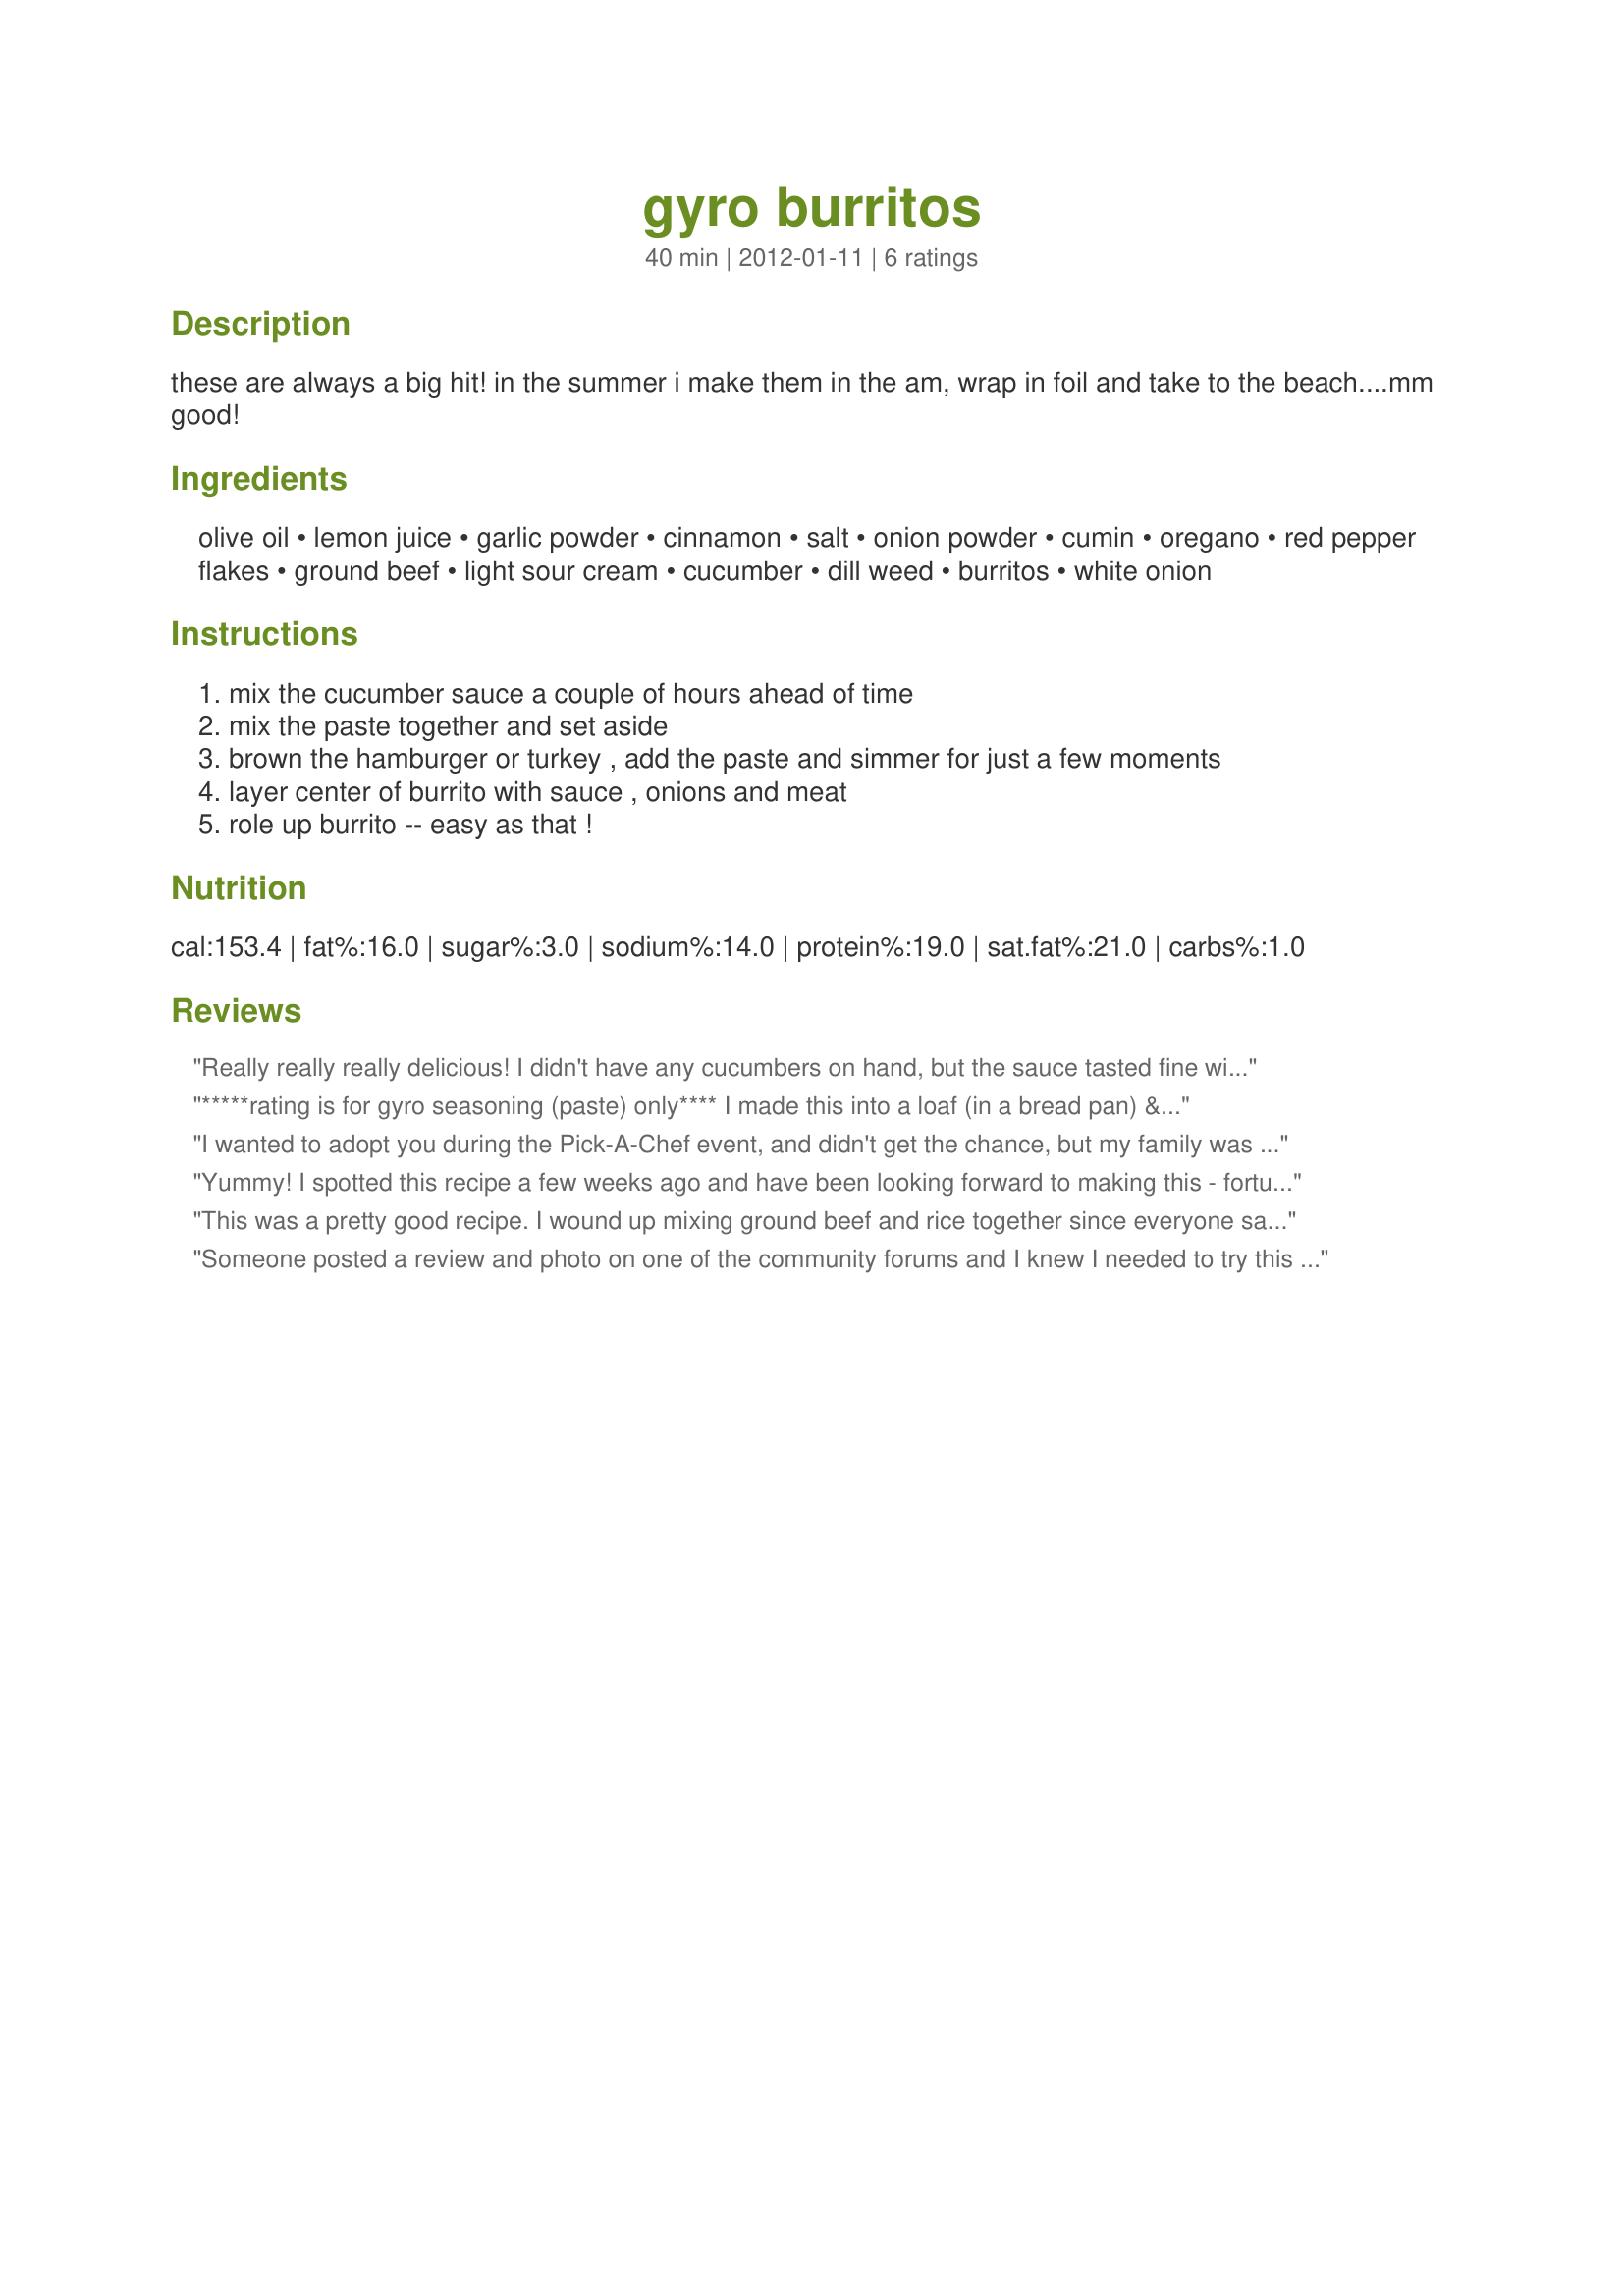
gyro burritos
Preparation time: 40 minutes

these are always a big hit! in the summer i make them in the am, wrap in foil and take to the beach....mm good!

Ingredients:
olive oil, lemon juice, garlic powder, cinnamon, salt, onion powder, cumin, oregano, red pepper flakes, ground beef, light sour cream, cucumber, dill weed, burritos, white onion

Steps:
mix the cucumber sauce a couple of hours ahead of time, mix the paste together and set aside, brown the hamburger or turkey , add the paste and simmer for just a few moments, layer center of burrito with sauce , onions and meat, role up burrito -- easy as that !

Reviews:
Really really really delicious! I didn't have any cucumbers on hand, but the sauce tasted fine without it. Definitely something I'll make again, with a few tweaks!
*****rating is for gyro seasoning (paste) only**** I made this into a loaf (in a bread pan) &amp; baked in the oven at 350 until done. The flavors were spot-on &amp; the smell was amazing. I used another recipe for the cucumber yogurt dill sauce. Thanks for sharing, this will be my go to recipe going forward.
I wanted to adopt you during the Pick-A-Chef event, and didn't get the chance, but my family was so very excited to try this recipe that I made it anyway. Although we aren't vegetarian, we do eat veg once in a while and although we made this the first time with ground beef, we are looking forward to seeing how amazing the rice tastes with the gyro paste. The only changes I made were to omit the cinnamon, as we've had a bad experience with the beef & cinnamon combination in the past, and use half plain yogurt to make up for the rest of the sour cream I didn't have on hand. I agree with flower7 on the servings and have also decided that if I need to stretch it for more than 3 in the future, I'm going to make double paste and use both rice and ground beef. We LOVED this recipe! Excellent flavor and easy to make. Thanks for sharing your recipe, saxswamp!
Yummy! I spotted this recipe a few weeks ago and have been looking forward to making this - fortunately, it did not disappoint! I used lamb because I love it with these flavors (plus gyros are often made with a combo of lamb and beef). My one criticism (if you can call it that) is that I would say this is more like 6 servings not 10 servings. Otherwise I loved it! Thanks for sharing!
This was a pretty good recipe. I wound up mixing ground beef and rice together since everyone said that it didn't seem to make as much as the recipe suggested and we got about 8 burritos out of it. I also quadrupled the paste mixture, except I only doubled the cinnamon, cumin and red pepper flakes. I also added in some paprika (about 2 tsp), just because I like it. When I added the paste to the pan, I also added about 1/2 cup of water for a saucier burrito. The only thing I think I will do differently next time is that I would chop up the cucumber and put it in a strainer for a bit to get rid of some of the liquid. On my first bite the sauce rocketed out of the bottom of my burrito like a geyser, but I will say that it tasted very good. I also stirred the onions into the sauce since that's how I've always made tzatziki and it softens the onions after it sits for a bit. This was a pretty solid recipe that we all enjoyed and I will be making again in the near future.
Someone posted a review and photo on one of the community forums and I knew I needed to try this recipe. Made as is, it made 6 small or 5 large Gyro burritos. The meat mixture was wonderful. The cucumber sauce was a bit bland, so I added about a tsp of garlic. My hubby loves gyros and was pleased with this version. Thanks for sharing!
